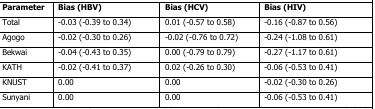
<table><thead><tr><td><b>Parameter</b></td><td><b>Bias (HBV)</b></td><td><b>Bias (HCV)</b></td><td><b>Bias (HIV)</b></td></tr></thead><tbody><tr><td>Total</td><td>-0.03 (-0.39 to 0.34)</td><td>0.01 (-0.57 to 0.58)</td><td>-0.16 (-0.87 to 0.56)</td></tr><tr><td>Agogo</td><td>-0.02 (-0.30 to 0.26)</td><td>-0.02 (-0.76 to 0.72)</td><td>-0.24 (-1.08 to 0.61)</td></tr><tr><td>Bekwai</td><td>-0.04 (-0.43 to 0.35)</td><td>0.00 (-0.79 to 0.79)</td><td>-0.27 (-1.17 to 0.61)</td></tr><tr><td>KATH</td><td>-0.02 (-0.41 to 0.37)</td><td>0.02 (-0.26 to 0.30)</td><td>-0.06 (-0.53 to 0.41)</td></tr><tr><td>KNUST</td><td>0.00</td><td>0.00</td><td>-0.02 (-0.30 to 0.26)</td></tr><tr><td>Sunyani</td><td>0.00</td><td>0.00</td><td>-0.06 (-0.53 to 0.41)</td></tr></tbody></table>